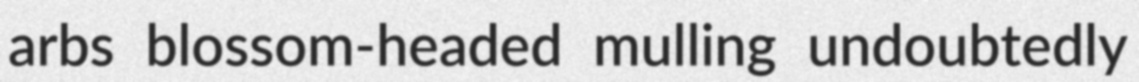
arbs blossom-headed mulling undoubtedly